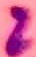
Text: 2